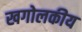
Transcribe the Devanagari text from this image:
खगोलकीय